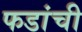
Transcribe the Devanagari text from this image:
फडांची